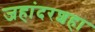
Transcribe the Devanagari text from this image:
जहांदरशहा